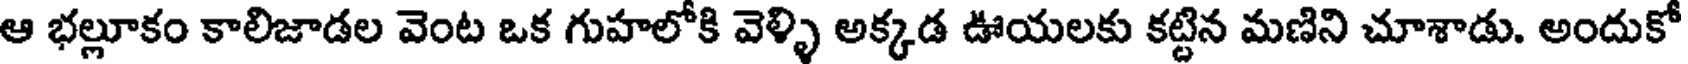
ఆ భల్లూకం కాలిజాడల వెంట ఒక గుహలోకి వెళ్ళి అక్కడ ఊయలకు కట్టిన మణిని చూశాడు. అందుకో